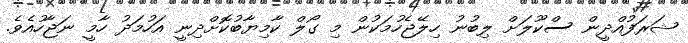
ޝަރަފުއްދީން ސްކޫލަށް ލިބުނު ހިލޭޖެހުމަކުން މި ގޯލް ކާމިޔާބުކޮށްދިނީ އަހުމަދު ހާމީ ނަޖާހުއެވެ.